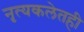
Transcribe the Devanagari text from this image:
नृत्यकलेतही